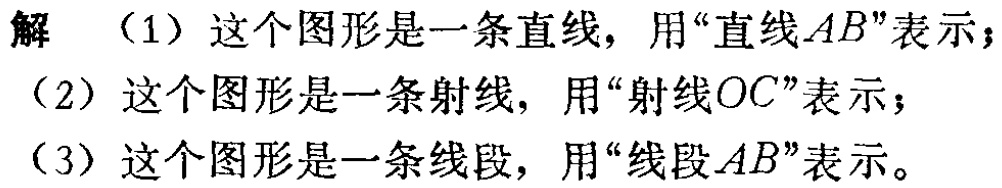
解 （1）这个图形是一条直线，用“直线\(AB\)”表示；
（2）这个图形是一条射线，用“射线\(OC\)”表示；
（3）这个图形是一条线段，用“线段\(AB\)”表示。